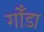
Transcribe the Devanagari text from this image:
गोँडा